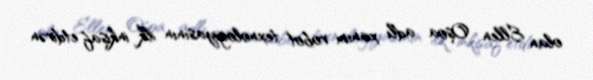
olan Ellen Oşoa adlı xanım robot texnologiyasının ilk inkişaf etdirən